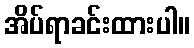
အိပ်ရာခင်းထားပါ။